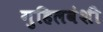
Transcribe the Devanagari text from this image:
गुहिलवंशी